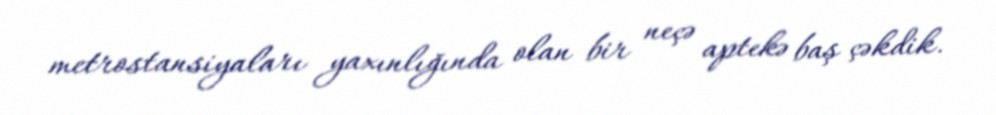
metrostansiyaları yaxınlığında olan bir neçə aptekə baş çəkdik.